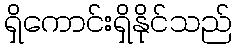
ရှိကောင်းရှိနိုင်သည်